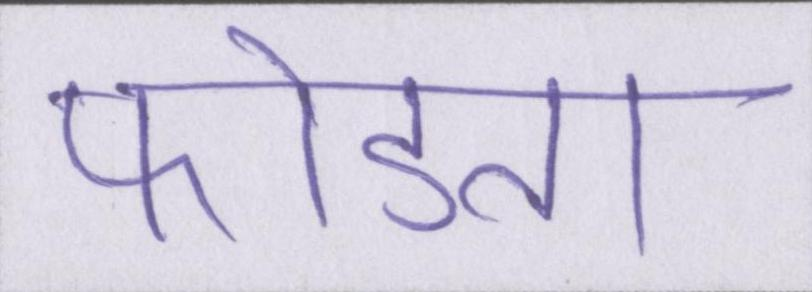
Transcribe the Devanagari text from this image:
फोडता